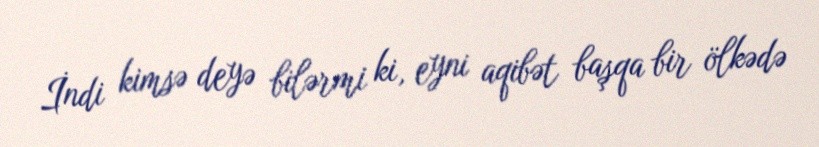
İndi kimsə deyə bilərmi ki, eyni aqibət başqa bir ölkədə